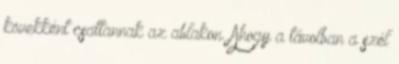
kövekként csattannak az ablakon. Ahogy a távolban a szél